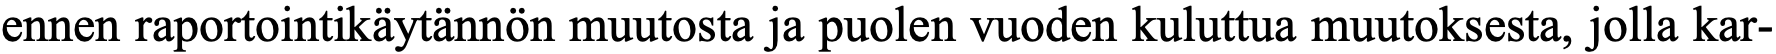
ennen raportointikäytännön muutosta ja puolen vuoden kuluttua muutoksesta, jolla kar-